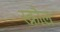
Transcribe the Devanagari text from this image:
स्क्रौल